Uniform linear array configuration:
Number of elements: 32
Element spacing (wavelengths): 1
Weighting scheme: blackman
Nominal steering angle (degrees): -15
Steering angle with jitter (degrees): -15.572
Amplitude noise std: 0.05
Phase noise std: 0.05

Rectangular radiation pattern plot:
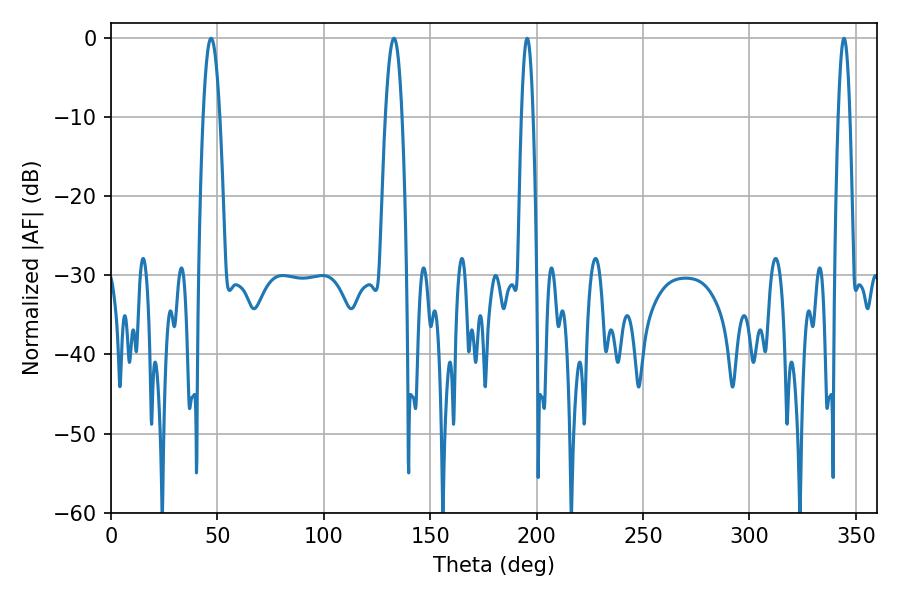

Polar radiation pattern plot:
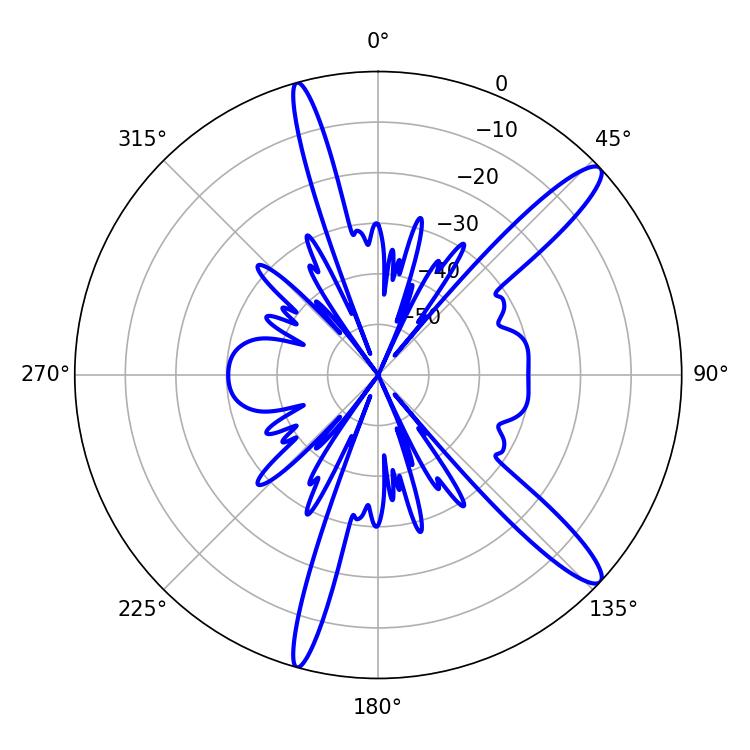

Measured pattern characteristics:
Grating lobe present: TRUE
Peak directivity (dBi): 13.527
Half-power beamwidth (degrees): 4.14
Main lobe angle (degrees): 133.02